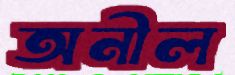
অনীল